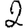
Digit: 2